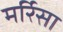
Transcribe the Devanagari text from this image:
मर्रिसा